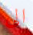
الى